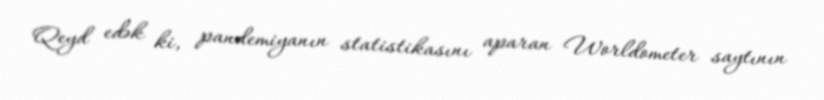
Qeyd edək ki, pandemiyanın statistikasını aparan Worldometer saytının